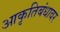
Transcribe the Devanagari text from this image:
आकृतिबंधावर